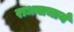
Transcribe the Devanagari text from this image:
राधवाचार्य